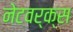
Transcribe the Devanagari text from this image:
नेटवर्क्‍स